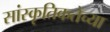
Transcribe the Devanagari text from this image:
सांस्कृतिकतेच्या